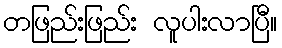
တဖြည်းဖြည်း လူပါးလာပြီ။